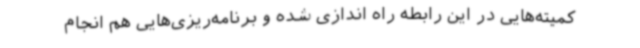
کمیته‌هایی در این رابطه راه اندازی شده و برنامه‌ریزی‌هایی هم انجام